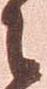
之